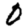
Digit: 0